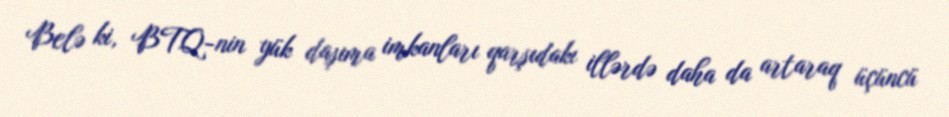
Belə ki, BTQ-nin yük daşıma imkanları qarşıdakı illərdə daha da artaraq üçüncü